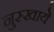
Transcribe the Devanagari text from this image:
नुस्खाये